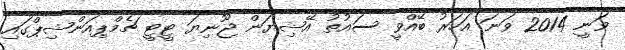
ވަނީ 2014 ވަނަ އަހަރު ބޭއްވީ ސައުތު އޭޝިޔަން ޖޫނިޔަ ޓީޓީ ޗެމްޕިއަންޝިޕްގައި